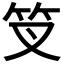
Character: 𥫢